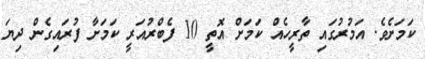
ކަަމަށެވެ. އަމުރުގައި ތާރީހެއް ކަމަށް އޮތީ 10 ފެބްރުއަރީ ކަމަށާ ފުރައިގެން ދިޔަ